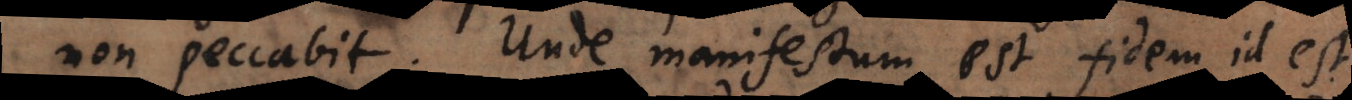
non peccabit. Unde manifestum est fidem id est